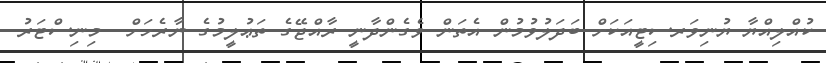
ކުއްލިއްޔާ ޔުނިވަރސިޓީއަކަށް ބަދަލުވުމުން އެތަން ވެގެންދާނީ ރާއްޖޭގެ ތަޢުލީމުގެ ނާރެހަށް  މިނިސްޓަރު